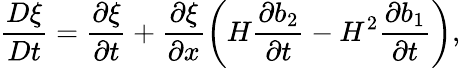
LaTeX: \frac{D\xi}{Dt}=\frac{\partial\xi}{\partial t}+\frac{\partial\xi}{\partial x}\bigg(H\frac{\partial b_{2}}{\partial t}-H^{2}\frac{\partial b_{1}}{\partial t}\bigg),